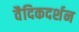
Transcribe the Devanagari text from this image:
वैदिकदर्शन